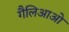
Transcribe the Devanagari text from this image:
गैलिआओ